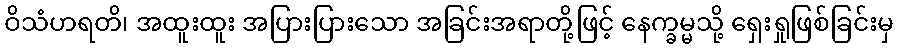
ဝိသံဟရတိ၊ အထူးထူး အပြားပြားသော အခြင်းအရာတို့ဖြင့် နေက္ခမ္မသို့ ရှေးရှုဖြစ်ခြင်းမှ